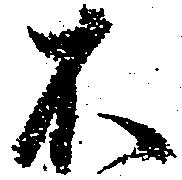
不